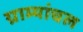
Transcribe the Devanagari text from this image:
ग्राम्यांचल